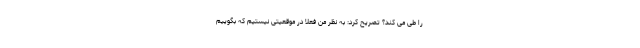
را طی می کند؟ تصریح کرد: به نظر من فعلاً در موقعیتی نیستیم که بگوییم